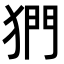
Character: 𪺿